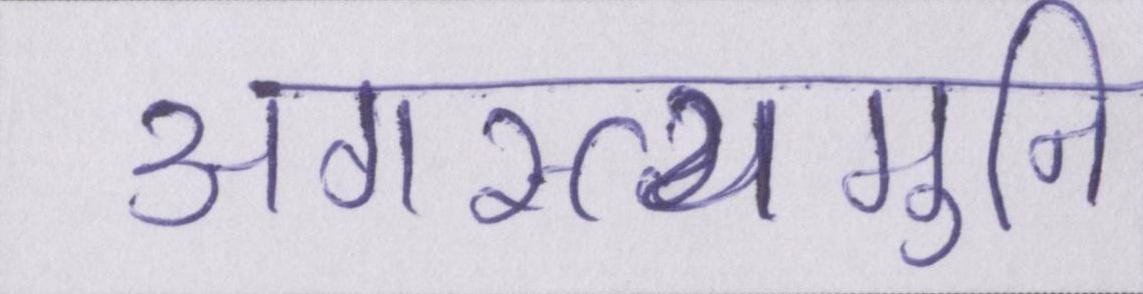
अगस्त्यमुनि